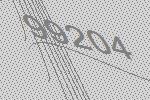
99204